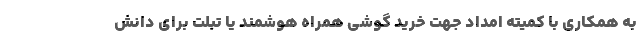
به همکاری با کمیته امداد جهت خرید گوشی همراه هوشمند یا تبلت برای دانش